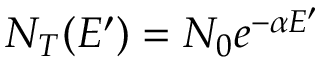
N _ { T } ( E ^ { \prime } ) = N _ { 0 } e ^ { - \alpha E ^ { \prime } }